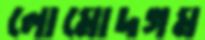
লোমোদগম